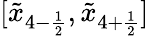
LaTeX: [\tilde{x}_{4-\frac{1}{2}},\tilde{x}_{4+\frac{1}{2}}]